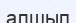
алшып